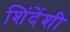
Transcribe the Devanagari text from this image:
शिंदेंशी